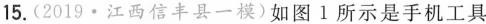
15.(2019·江西信丰县一模)如图l所示是手机工具